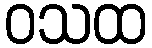
ဝသထ